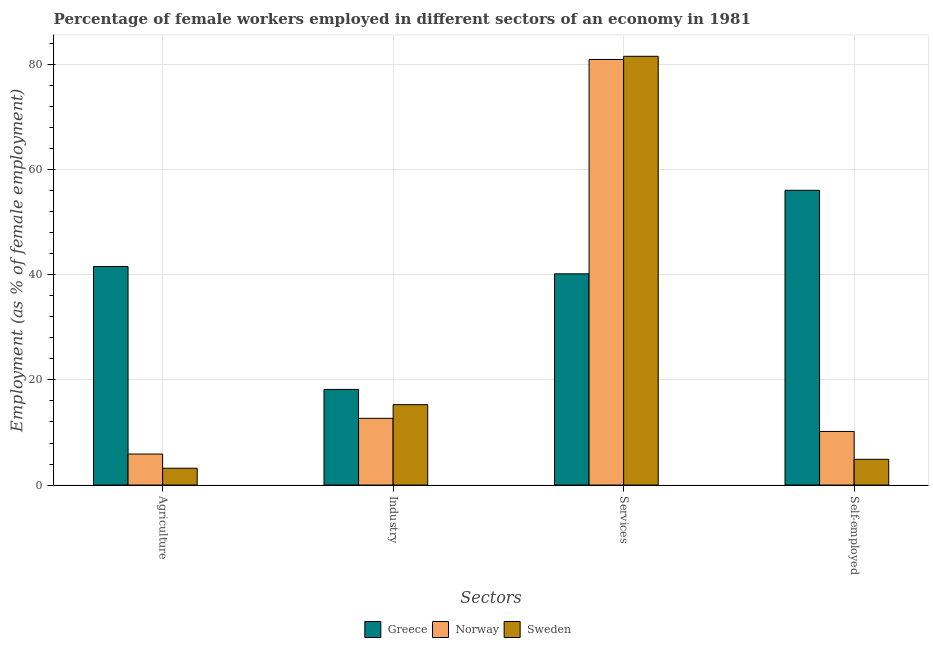
| Sectors | Greece | Norway | Sweden |
 | --- | --- | --- | --- |
 | Agriculture | 41.6 | 5.9 | 3.2 |
 | Industry | 18.2 | 12.7 | 15.3 |
 | Services | 40.2 | 81 | 81.6 |
 | Self-employed | 56.1 | 10.2 | 4.9 |